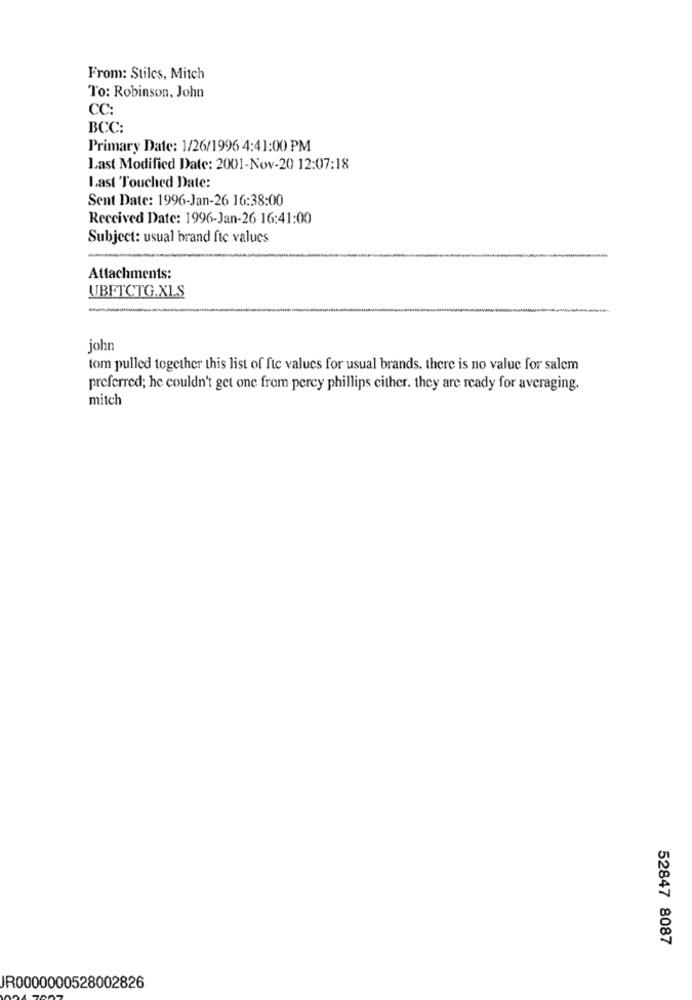
From: Stiles, Mitch
To: Robinson, John
CC:
BCC:
Primary Date: 1/26/1996 4:41:00 PM
Last Modified Date: 2001-Nov-20 12:07:18
Last Touched Date:
Sent Date: 1996-Jan-26 16:38:00
Received Date: 1996-Jan-26 16:41:00
Subject: usual brand fic values
-
Attachments:
UBFTCTG.XLS
-
john
tom pulled together this list of ftc values for usual brands. there is no value for salem
preferred; he couldn't get one from percy phillips cither. they are ready for averaging.
mitch
52847 8087
IR0000000528002826